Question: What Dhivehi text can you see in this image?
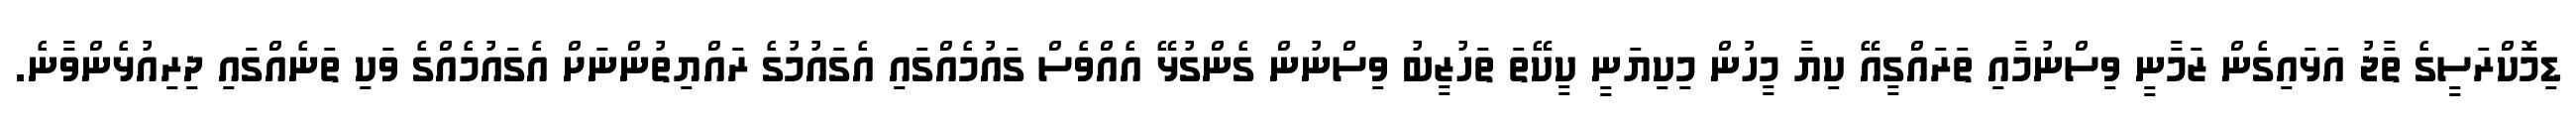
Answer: ޑިމޮކްރަސީގެ ތާޖު އަޅައިގެން ޒަމާނީ ވިސްނުމާއި ތަރައްގީއޭ ކިޔާ މީހުން މިކިޔަނީ ކީކޭތަ ތަހުޒީބު ވިސްނުން ގެންގުޅޭ އެއްވެސް ގައުމެއްގައި އެގައުމުގެ ރައްޔިތުންނަށް އެގައުމެއްގެ ވަކި ތަނެއްގައި ދިރިއުޅެންވާނެ.